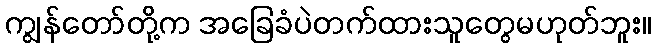
ကျွန်တော်တို့က အခြေခံပဲတက်ထားသူတွေမဟုတ်ဘူး။